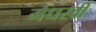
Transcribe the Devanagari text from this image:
मेधस्वी